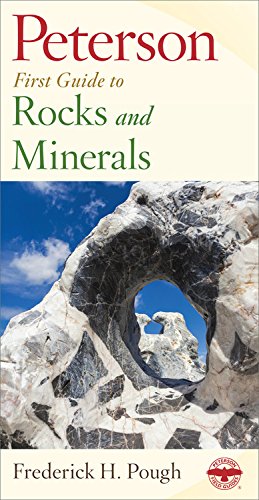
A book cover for Peterson First Guide to Rocks and Minerals; Frederick H. Pough; Sports & Outdoors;